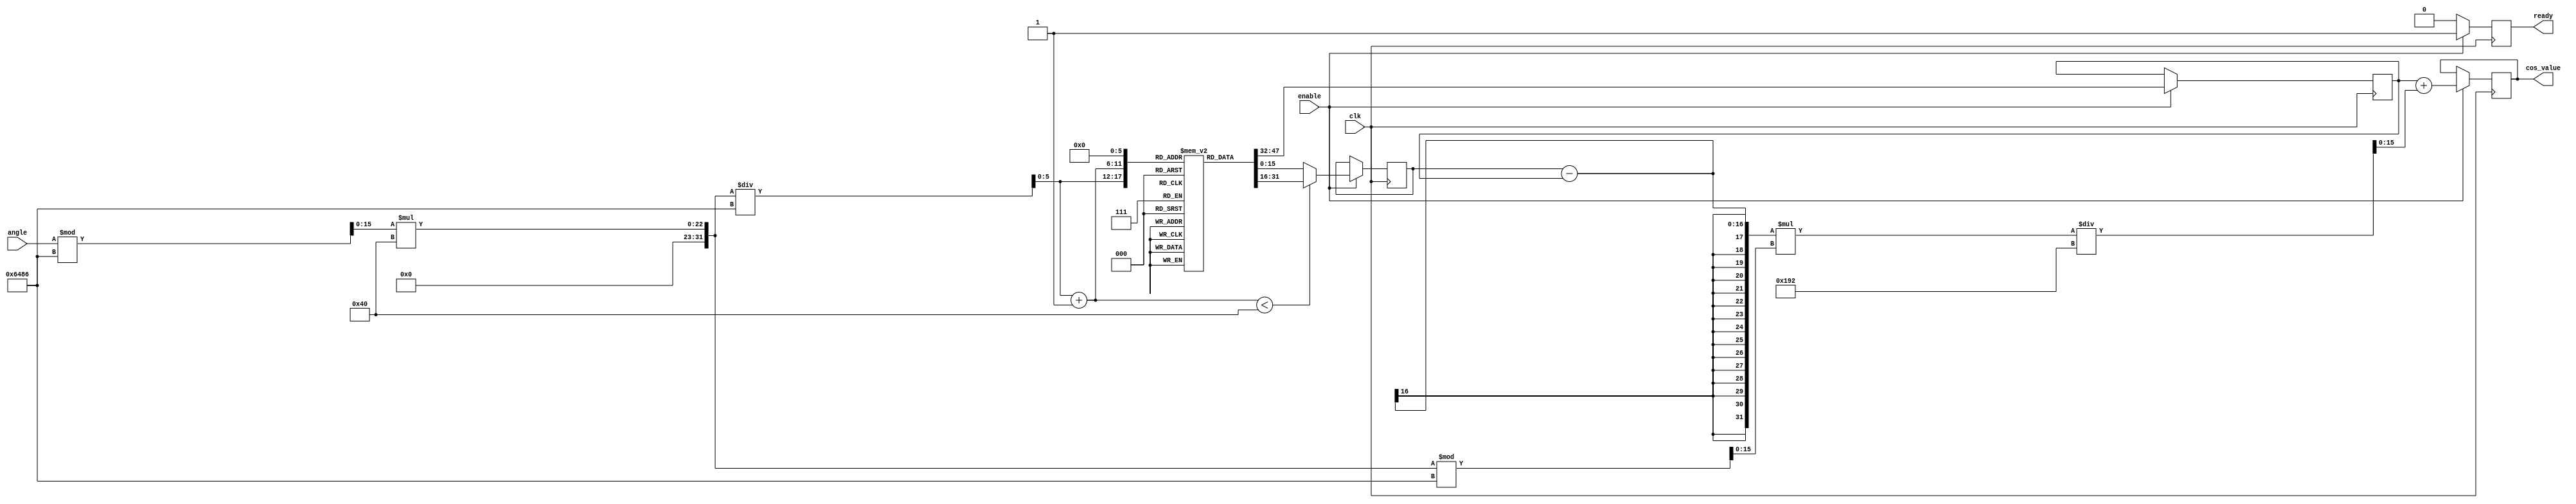
module cosine_block (
    input wire clk,
    input wire enable,
    input wire [15:0] angle,  // Input angle in radians (fixed-point)
    output reg [15:0] cos_value, // Output cosine value (fixed-point)
    output reg ready          // Signal indicating output is ready
);

    // Parameters
    parameter LUT_SIZE = 64; // Number of entries in the LUT
    parameter ANGLE_RESOLUTION = 16; // Resolution of the input angle
    parameter OUTPUT_WIDTH = 16; // Width of the output cosine value
    parameter PI = 16'h3243; // Fixed-point representation of pi (approx. 3.14159)

    // Cosine LUT (precomputed values)
    reg [OUTPUT_WIDTH-1:0] cos_lut [0:LUT_SIZE-1];

    // Initializing the LUT with cosine values
    initial begin
        // Populate the LUT with cosine values for each angle
        // Example values (Please fill with actual cosine values)
        cos_lut[0] = 16'hFFFF; // cos(0)
        cos_lut[1] = 16'h7FFF; // cos(0.1)
        // Add more LUT values here...
        cos_lut[LUT_SIZE-1] = 16'h0000; // cos(2)
    end

    // Angle normalization and LUT indexing
    wire [15:0] normalized_angle;
    wire [5:0] lut_index; // 6 bits for LUT indexing (0 to 63)
    wire [5:0] lut_index_next;
    wire [15:0] angle_frac; // Fractional part of the angle
    reg [OUTPUT_WIDTH-1:0] cos_a, cos_b; // Cosine values for interpolation

    assign normalized_angle = angle % (2 * PI);
    assign lut_index = (normalized_angle * LUT_SIZE) / (2 * PI);
    assign lut_index_next = lut_index + 1;
    assign angle_frac = (normalized_angle * LUT_SIZE) % (2 * PI);

    always @(posedge clk) begin
        if (enable) begin
            // Fetch LUT values
            cos_a <= cos_lut[lut_index];
            cos_b <= (lut_index_next < LUT_SIZE) ? cos_lut[lut_index_next] : cos_lut[0];

            // Linear interpolation
            cos_value <= cos_a + ((cos_b - cos_a) * angle_frac) / (2 * PI / LUT_SIZE);
            ready <= 1'b1; // Indicate output is ready
        end else begin
            ready <= 1'b0; // Reset ready signal if not enabled
        end
    end

endmodule